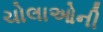
ચોલાઓની